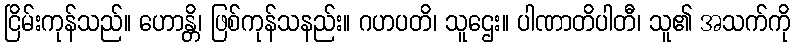
ငြိမ်းကုန်သည်။ ဟောန္တိ၊ ဖြစ်ကုန်သနည်း။ ဂဟပတိ၊ သူဌေး။ ပါဏာတိပါတီ၊ သူ၏ အသက်ကို